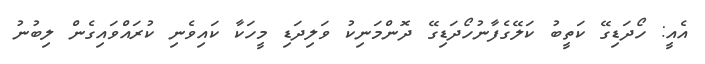
އެއީ: ހޯދަޑިގޭ ކަތީބު ކަލޭގެފާނުހޯދަޑިގޭ ދޮންމަނިކު ވަލިދަޑި މީހަކާ ކައިވެނި ކުރައްވައިގެން ލިބުނު